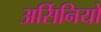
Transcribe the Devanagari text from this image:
अर्सिनियो